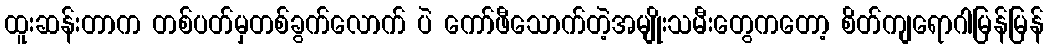
ထူးဆန်းတာက တစ်ပတ်မှတစ်ခွက်လောက် ပဲ ကော်ဖီသောက်တဲ့အမျိုးသမီးတွေကတော့ စိတ်ကျရောဂါမြန်မြန်